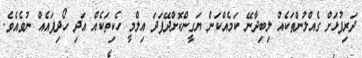
ދަރިފުޅަށް ގެއްލުންތަކެއް ލިބިދާނޭ ކަމެއްކަން ޔަގީންކޮށްދޭފަދަ އިލްމީ ހެކިތަކެއް އަދި ހޯދިފައެއް ނުވެއެވެ.